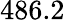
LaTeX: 486.2